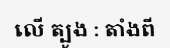
លើ ត្បូង : តាំងពី